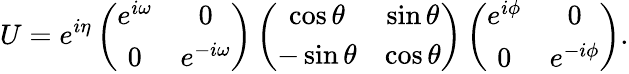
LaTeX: U=e^{i\eta}\left(\begin{array}{cc}{{e^{i\omega}}}&{{0}}\\ {{0}}&{{e^{-i\omega}}}\end{array}\right)\left(\begin{array}{cc}{{\cos\theta}}&{{\sin\theta}}\\ {{-\sin\theta}}&{{\cos\theta}}\end{array}\right)\left(\begin{array}{cc}{{e^{i\phi}}}&{{0}}\\ {{0}}&{{e^{-i\phi}}}\end{array}\right).